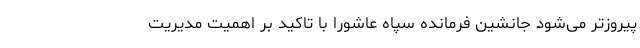
پیروزتر می‌شود جانشین فرمانده سپاه عاشورا با تاکید بر اهمیت مدیریت